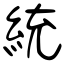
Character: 統